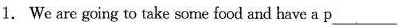
1.We are going to take some food and have a p___